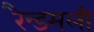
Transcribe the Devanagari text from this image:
रैन्डमली